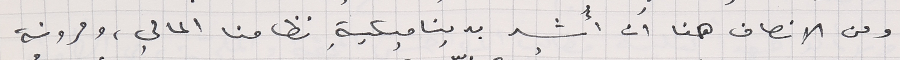
ومن الانصاف هنا ان أُشيد بديناميكية نظامنا المالي، ومرونة